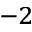
^ { - 2 }